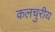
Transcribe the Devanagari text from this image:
कलचुरीय